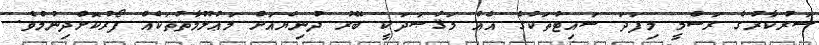
ސަރުކާރުގެ ރަސްމީ މިފަދަ ސައިޓުތަކުގެ އެއް މަޤުޞަދަކީ ބޭރު ދުނިޔެއަށް މަޢުލޫމާތުތަކެއް ފޯރުކޮށްދިނުމެވެ.